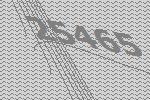
25465